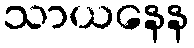
သာယနေန